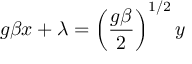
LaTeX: g \beta x + \lambda = \left( { \frac { g \beta } 2 } \right) ^ { 1 / 2 } y